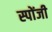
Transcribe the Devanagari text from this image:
स्पोंजी